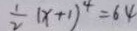
\frac { 1 } { 2 } ( x + 1 ) ^ { 4 } = 6 4